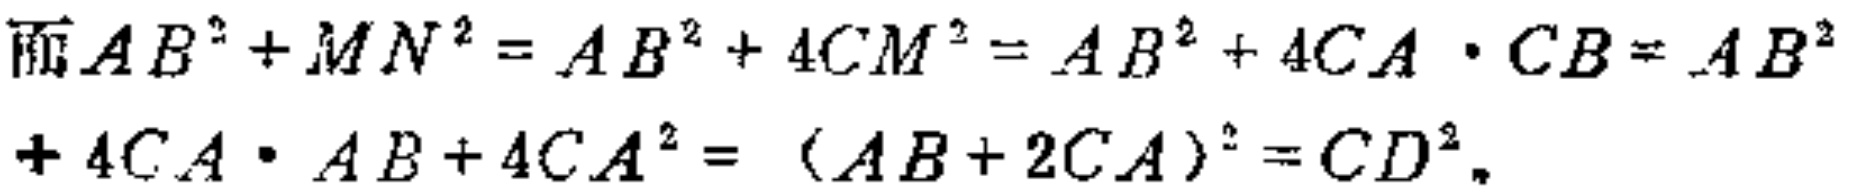
而\(AB^{2}+MN^{2}=AB^{2}+4CM^{2}=AB^{2}+4CA\cdot CB = AB^{2}+4CA\cdot AB + 4CA^{2}=(AB + 2CA)^{2}=CD^{2}\)。